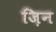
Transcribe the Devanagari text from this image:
ज़िन